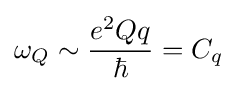
\omega _{Q}\sim {\frac {e^{2}Qq}{\hbar }}=C_{q}